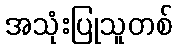
အသုံးပြုသူတစ်